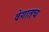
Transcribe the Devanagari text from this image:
वेगातच